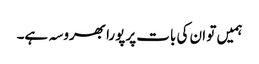
ہمیں تو ان کی بات پر پورا بھروسہ ہے۔